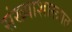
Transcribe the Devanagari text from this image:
संख्याशास्त्रात